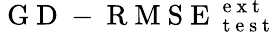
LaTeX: \mathrm{~G~D~-~R~M~S~E~}_{\mathrm{~t~e~s~t~}}^{\mathrm{~e~x~t~}}